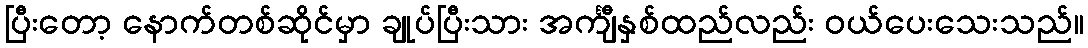
ပြီးတော့ နောက်တစ်ဆိုင်မှာ ချုပ်ပြီးသား အင်္ကျီနှစ်ထည်လည်း ဝယ်ပေးသေးသည်။